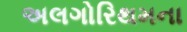
અલગોરિથમના